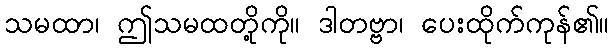
သမထာ၊ ဤသမထတို့ကို။ ဒါတဗ္ဗာ၊ ပေးထိုက်ကုန်၏။